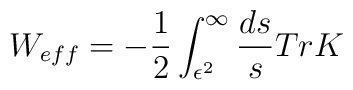
W_{eff}=-{1\over 2}\int^\infty_{\epsilon^2}{ds\over s} Tr K